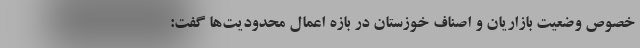
خصوص وضعیت بازاریان و اصناف خوزستان در بازه اعمال محدودیت‌ها گفت: